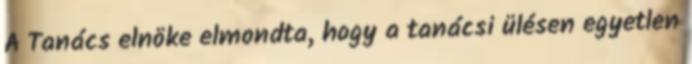
A Tanács elnöke elmondta, hogy a tanácsi ülésen egyetlen